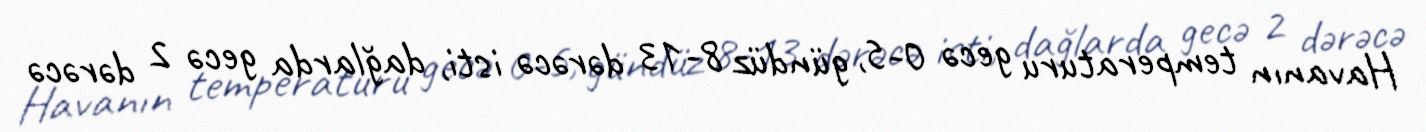
Havanın temperaturu gecə 0-5, gündüz 8-13 dərəcə isti, dağlarda gecə 2 dərəcə